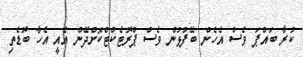
ކުރާ ބައްޕަ ވެސް އެހެން ބޭފުޅުން ވެސް ޕްރޮޓެކްޓްކޮށްދޭން އެއީ އެހާ ބޮޑެތި